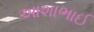
આશાભાઈ